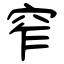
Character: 窄